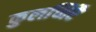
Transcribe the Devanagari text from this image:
कुलच्चिरै